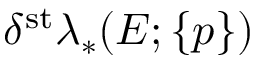
\delta ^ { \mathrm { s t } } \lambda _ { * } ( E ; \{ p \} )